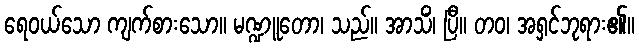
ရေဝယ်သော ကျက်စားသော။ မဏ္ဍူတော၊ သည်။ အာသိံ၊ ပြီ။ တဝ၊ အရှင်ဘုရား၏။